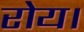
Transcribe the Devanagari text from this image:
रोय।